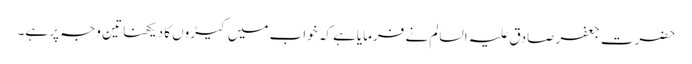
حضرت جعفر صادق علیہ السالم نے فرمایاہے کہ خواب میں کیڑوں کا دیکھنا تین وجہ پر ہے۔